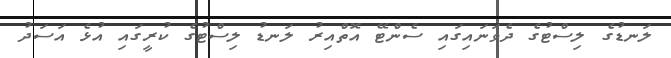
ލަނޑުގެ ލިސްޓުގެ ދެވަނައިގައި ސެންޓޭ އޮތްއިރު ލަނޑު ލިސްޓުގެ ކުރީގައި އުޅެ އަސަދު